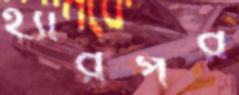
হ্যারপর